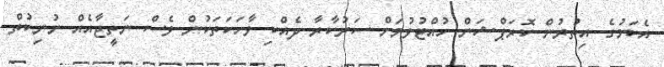
އެކަމުގެ އިތުރުން ކޮރަޕްޝަން ހުއްޓުވުމަށް ސަރުކާރާ ދެއްކި ވާހަކަތަކުން ވެސް ނަތީޖާއެއް ނުނިކުތް